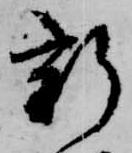
新